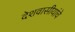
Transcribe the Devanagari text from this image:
देशवासीयांचे